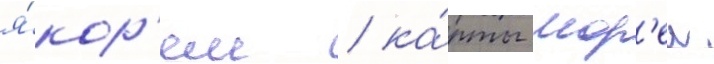
я́кор'ем / ка́рты мор'еи